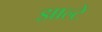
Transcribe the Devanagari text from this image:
झाल्टे